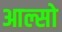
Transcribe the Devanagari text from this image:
आल्सो